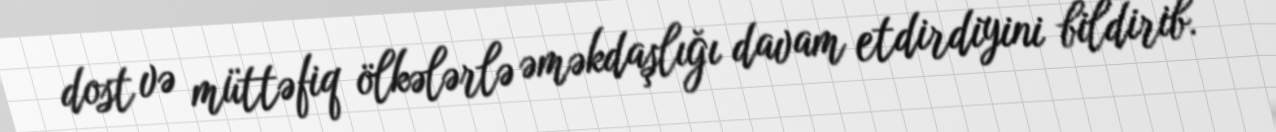
dost və müttəfiq ölkələrlə əməkdaşlığı davam etdirdiyini bildirib.